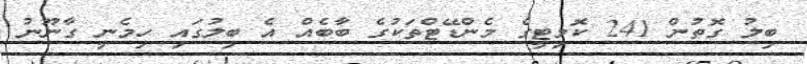
ބިލު ގޮތުން 241 ކޮމިޓީގެ މެންޑޭޓްތަކުގެ ބާބެއް އެ ބިލުގައި ހިމެނީ ގާނޫނު